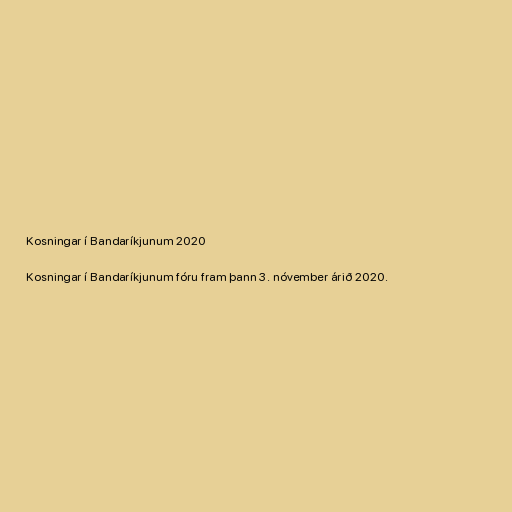
Kosningar í Bandaríkjunum 2020

Kosningar í Bandaríkjunum fóru fram þann 3. nóvember árið 2020.